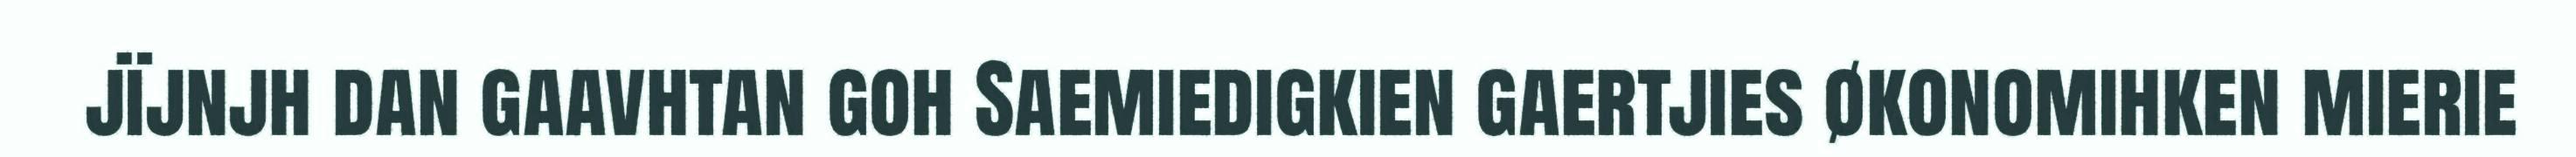
jïjnjh dan gaavhtan goh Saemiedigkien gaertjies økonomihken mierie